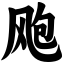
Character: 飑